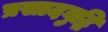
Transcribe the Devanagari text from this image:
प्रसादबुद्धि